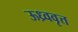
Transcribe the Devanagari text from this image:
ऊध्र्ववृत्त